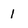
Character: 1